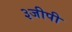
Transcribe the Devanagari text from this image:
३जीपी